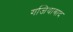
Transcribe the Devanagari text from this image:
गजियाबाद